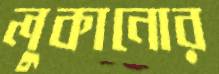
লুকানোর